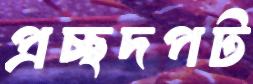
প্রচ্ছদপট